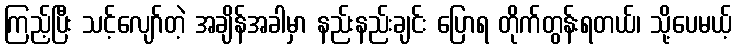
ကြည့်ပြီး သင့်လျော်တဲ့ အချိန်အခါမှာ နည်းနည်းချင်း ပြောရ တိုက်တွန်းရတယ်၊ သို့ပေမယ့်